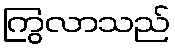
ကြွလာသည်